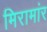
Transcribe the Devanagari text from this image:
मिरामांर